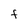
Character: f